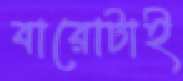
বারোটাই